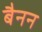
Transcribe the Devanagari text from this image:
बैनन